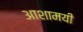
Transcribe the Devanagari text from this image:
आशामयी